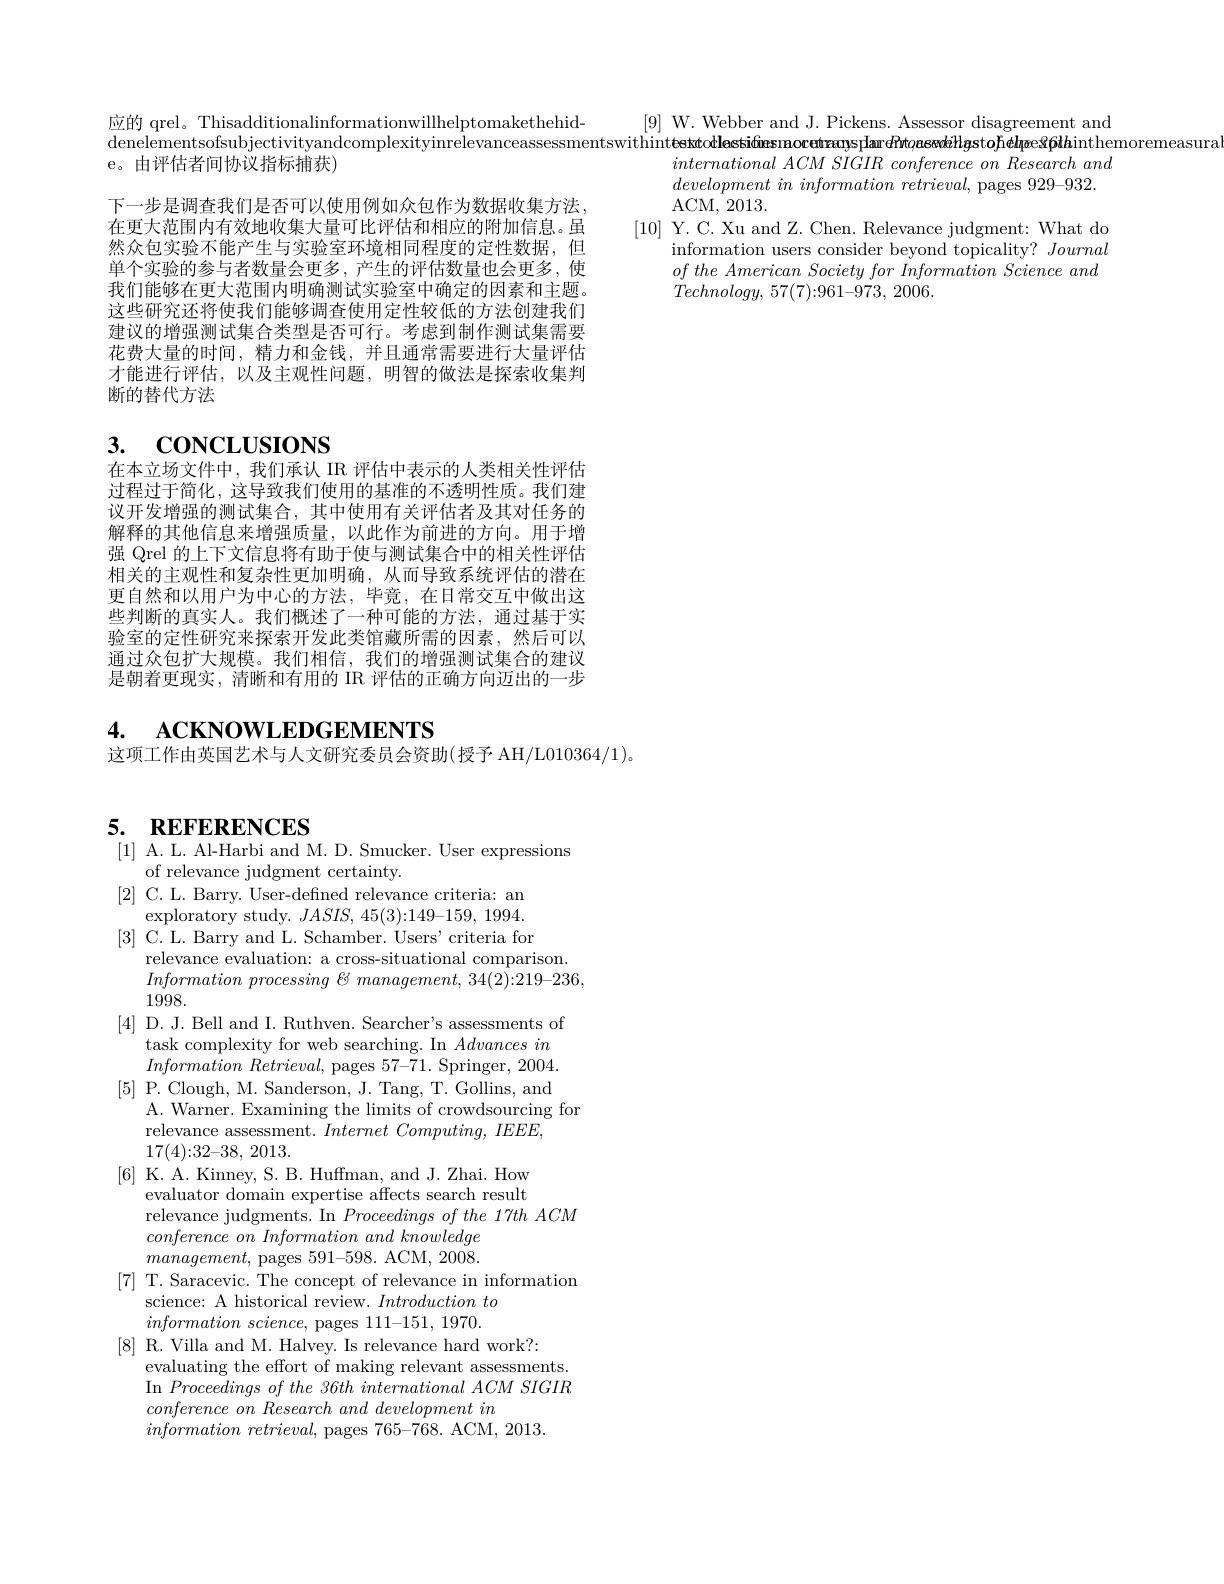
应的 qrel。Thisadditionalinformationwillhelptomakethehid-
[9] W. Webber and J. Pickens. Assessor disagreement and
denelementsofsubjectivityandcomplexityinrelevanceassessmentswithinittesktocdlassidinsınocentranysIanr e$R$tøassdillgstofielpee$\Re \textbf{f\^{o} ll\'{a} inthemoremeasura}$
e。由评估者间协议指标捕获)
$international\textit{ ACM SIGIR conference on Research and}$

$developmentininformation\textit{ retrieval, pages 929- 932. }$
ACM, 2013.
[10] Y. C. Xu and Z. Chen. Relevance judgment: What do
information users consider beyond topicality? Journal $of\textit{ the American Society for Information Science and}$ $Technology$, 57(7){:}961{-}973, 2006.

下一步是调查我们是否可以使用例如众包作为数据收集方法， 在更大范围内有效地收集大量可比评估和相应的附加信息。虽然众包实验不能产生与实验室环境相同程度的定性数据，但单个实验的参与者数量会更多，产生的评估数量也会更多，使我们能够在更大范围内明确测试实验室中确定的因素和主题。这些研究还将使我们能够调查使用定性较低的方法创建我们建议的增强测试集合类型是否可行。考虑到制作测试集需要花费大量的时间，精力和金钱，并且通常需要进行大量评估才能进行评估，以及主观性问题，明智的做法是探索收集判断的替代方法

# 3. $\mathbf{CONCLUSIONS}$ 在本立场文件中，我们承认 IR 评估中表示的人类相关性评估

过程过于简化，这导致我们使用的基准的不透明性质。我们建议开发增强的测试集合，其中使用有关评估者及其对任务的解释的其他信息来增强质量，以此作为前进的方向。用于增强 Qrel 的上下文信息将有助于使与测试集合中的相关性评估相关的主观性和复杂性更加明确，从而导致系统评估的潜在更自然和以用户为中心的方法，毕竟，在日常交互中做出这些判断的真实人。我们概述了一种可能的方法，通过基于实验室的定性研究来探索开发此类馆藏所需的因素，然后可以通过众包扩大规模。我们相信，我们的增强测试集合的建议是朝着更现实，清晰和有用的 IR 评估的正确方向迈出的一步

# 4. ACKNOWLEDGEMENTS

这项工作由英国艺术与人文研究委员会资助(授予 AH/L010364/1)。

# 5. REFERENCES

[1] A. L. Al-Harbi and M. D. Smucker. User expressions
of relevance judgment certainty.
[2] C. L. Barry. User-defined relevance criteria: an
exploratory study. $JASIS$, 45(3){:}149{-}159, 1994. [3] C. L. Barry and L. Schamber. Users' criteria for
relevance evaluation: a cross-situational comparison.
$Information\textit{ processing EV management, 34( 2) : 219- 236, }$
1998.
[4] D. J. Bell and I. Ruthven. Searcher's assessments of
task complexity for web searching. In $Advances\textit{in}$ $Information\textit{ Retrieval, pages 57- 71. Springer, 2004. }$
[5] P. Clough, M. Sanderson, J. Tang, T. Gollins, and
A. Warner. Examining the limits of crowdsourcing for
relevance assessment. Internet Computing, IEEE,
17(4){:}32{-}38, 2013.
[6] K. A. Kinney, S. B. Huffman, and J. Zhai. How
evaluator domain expertise affects search result
relevance judgments. In Proceedings of the 17th ACM
$conference\textit{ on Information and knowledge}$ $management$, pages $591–598.$ ACM, 2008.
[7] T. Saracevic. The concept of relevance in information
science: A historical review. $Introduction\textit{ to}$ $information\textit{ science, pages 111- 151, 1970. }$
[8] R. Villa and M. Halvey. Is relevance hard work?:
evaluating the effort of making relevant assessments. In Proceedings of the 36th international ACM SIGIR $conference\textit{ on Research and development in}$
$information\textit{ retrieval,  pages }765- 7\hat {68}.$ ACM, 2013